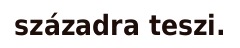
századra teszi.